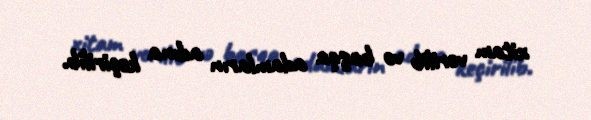
xitam verilib və başqa adamların adına keçirilib.